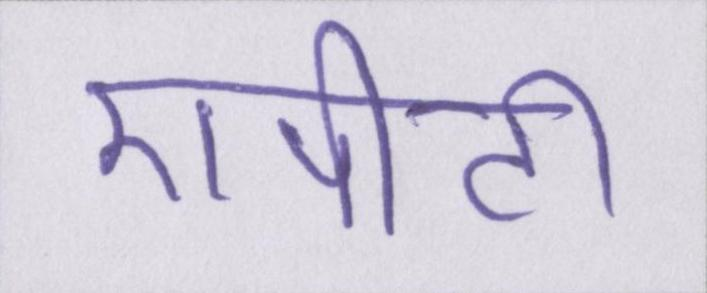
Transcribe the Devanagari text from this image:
एपीटी